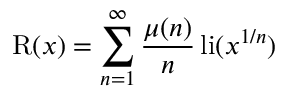
\operatorname { R } ( x ) = \sum _ { n = 1 } ^ { \infty } { \frac { \mu ( n ) } { n } } \operatorname { l i } ( x ^ { 1 / n } )